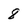
Character: 8